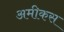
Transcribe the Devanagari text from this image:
अमीकस